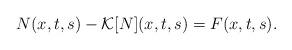
LaTeX: \begin{align*}{}N(x,t,s)-\mathcal{K}[N](x,t,s)=F(x,t,s).\end{align*}